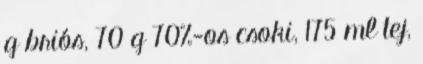
g briós, 70 g 70%-os csoki, 175 ml tej,